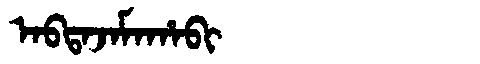
Manchu: ᠠᠪᡨᠠᠵᠠᠮᠠᡥᠠᠪᡳ
Romanization: ABTAJAMAHABI